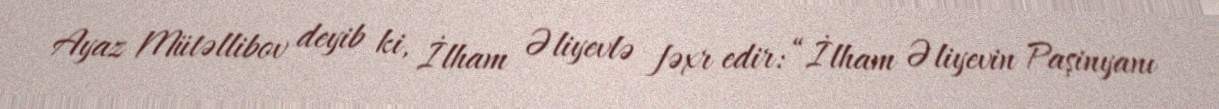
Ayaz Mütəllibov deyib ki, İlham Əliyevlə fəxr edir: “İlham Əliyevin Paşinyanı